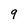
Character: 9